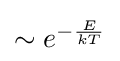
{\textstyle \sim e^{-{\frac {E}{kT}}}}